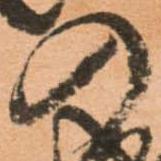
の